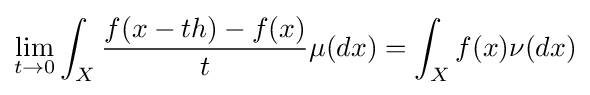
\lim \limits _{t\to 0}\int _{X}{\frac {f(x-th)-f(x)}{t}}\mu (dx)=\int _{X}f(x)\nu (dx)